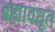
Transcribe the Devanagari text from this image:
ब्रह्मावधूत